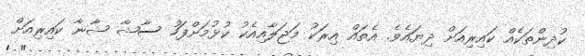
ކުދިންތަކެއް ކައިރިއަށް ދިޔައެވެ. އެތައް އިރަކު މަޖަލާއިއެކު ކުޅުމަށްފަހު ސާޝާ ޝާނާ ކައިރިއަށް